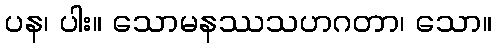
ပန၊ ပါး။ သောမနဿသဟဂတာ၊ သော။